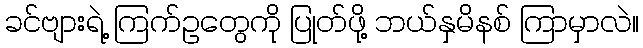
ခင်ဗျားရဲ့ ကြက်ဥတွေကို ပြုတ်ဖို့ ဘယ်နှမိနစ် ကြာမှာလဲ။